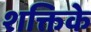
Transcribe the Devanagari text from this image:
शक्तिके